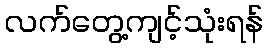
လက်တွေ့ကျင့်သုံးရန်